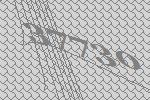
37730